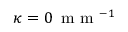
\kappa = 0 \, \mathrm { ~ m ~ m ~ } ^ { - 1 }